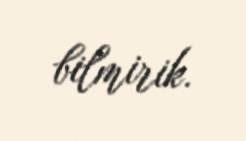
bilmirik.